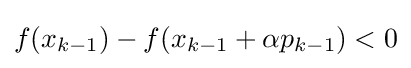
f(x_{k-1})-f(x_{k-1}+\alpha p_{k-1})<0